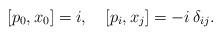
LaTeX: \begin{align*}[p_0, x_0] = i, \quad [p_i, x_j] = -i \, \delta_{ij}.\end{align*}